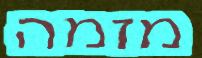
מזמה